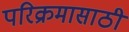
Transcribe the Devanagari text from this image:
परिक्रमासाठी